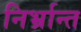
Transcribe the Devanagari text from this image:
निर्भ्रान्त